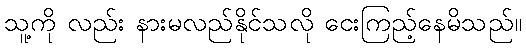
သူ့ကို လည်း နားမလည်နိုင်သလို ငေးကြည့်နေမိသည်။